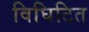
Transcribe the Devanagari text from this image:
विघिटित